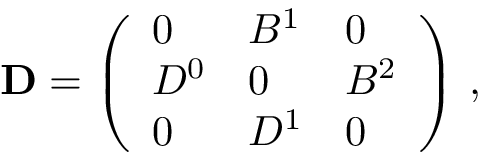
\begin{array} { r } { \mathbf { D } = \left( \begin{array} { l l l } { 0 } & { B ^ { 1 } } & { 0 } \\ { D ^ { 0 } } & { 0 } & { B ^ { 2 } } \\ { 0 } & { D ^ { 1 } } & { 0 } \end{array} \right) \, , } \end{array}